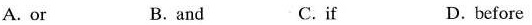
A. or B. and C. if D. before